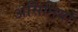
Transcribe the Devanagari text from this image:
अर्सिनियो